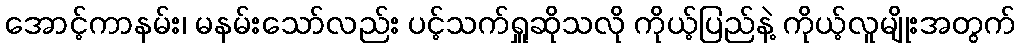
အောင့်ကာနမ်း၊ မနမ်းသော်လည်း ပင့်သက်ရှူဆိုသလို ကိုယ့်ပြည်နဲ့ ကိုယ့်လူမျိုးအတွက်